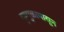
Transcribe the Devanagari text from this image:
गुग्गुळापासून